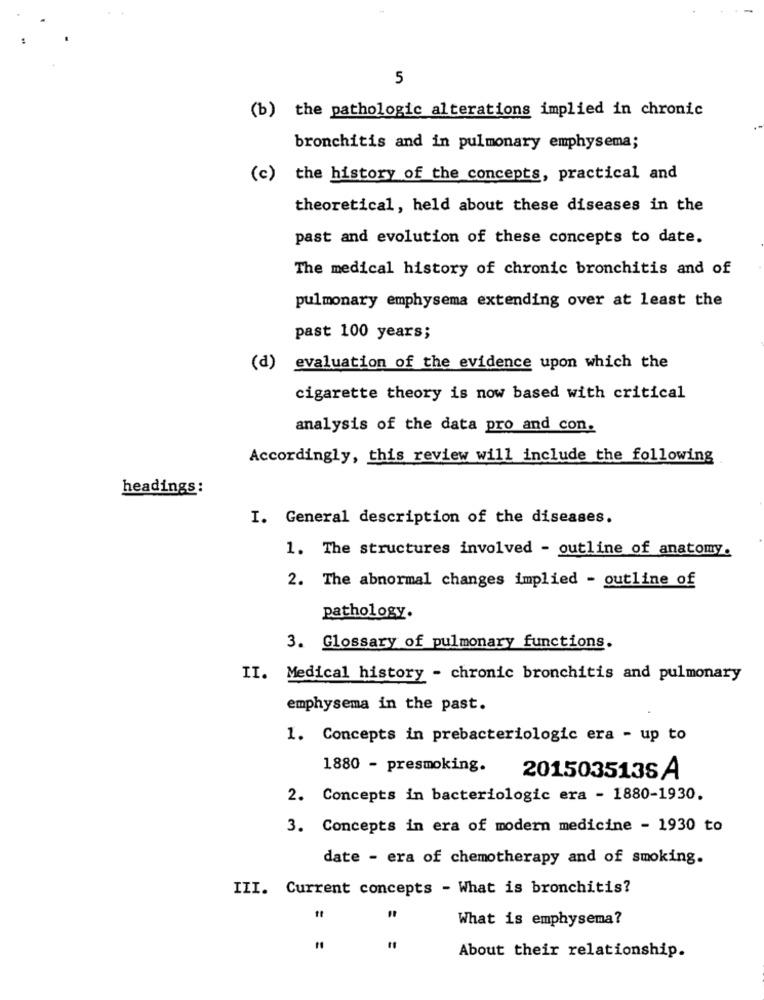
5
(b) the pathologic alterations implied in chronic
bronchitis and in pulmonary emphysema;
(c) the history of the concepts, practical and
theoretical, held about these diseases in the
past and evolution of these concepts to date.
The medical history of chronic bronchitis and of
pulmonary emphysema extending over at least the
past 100 years;
(d)
evaluation of the evidence upon which the
cigarette theory is now based with critical
analysis of the data pro and con.
Accordingly, this review will include the following
headings:
I. General description of the diseases.
1. The structures involved - outline of anatomy.
2. The abnormal changes implied - outline of
pathology.
3. Glossary of pulmonary functions.
II. Medical history - chronic bronchitis and pulmonary
emphysema in the past.
1. Concepts in prebacteriologic era - up to
1880 - presmoking.
2015035136 A
2. Concepts in bacteriologic era - 1880-1930.
3. Concepts in era of modern medicine - 1930 to
date - era of chemotherapy and of smoking.
III. Current concepts - What is bronchitis?
What is emphysema?
About their relationship.